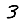
Digit: 3